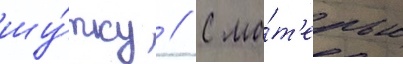
шу́тку // С ма́т'ерью